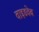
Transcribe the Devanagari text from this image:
वाइडवेब